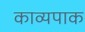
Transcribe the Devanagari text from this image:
काव्यपाक